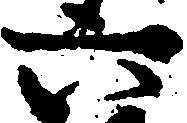
六